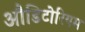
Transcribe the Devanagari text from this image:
औडिटोरियम